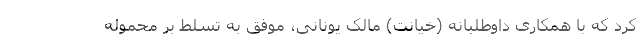
کرد که با همکاری داوطلبانه (خیانت) مالک یونانی، موفق به تسلط بر محموله